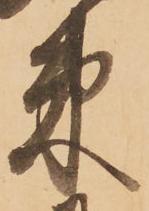
束